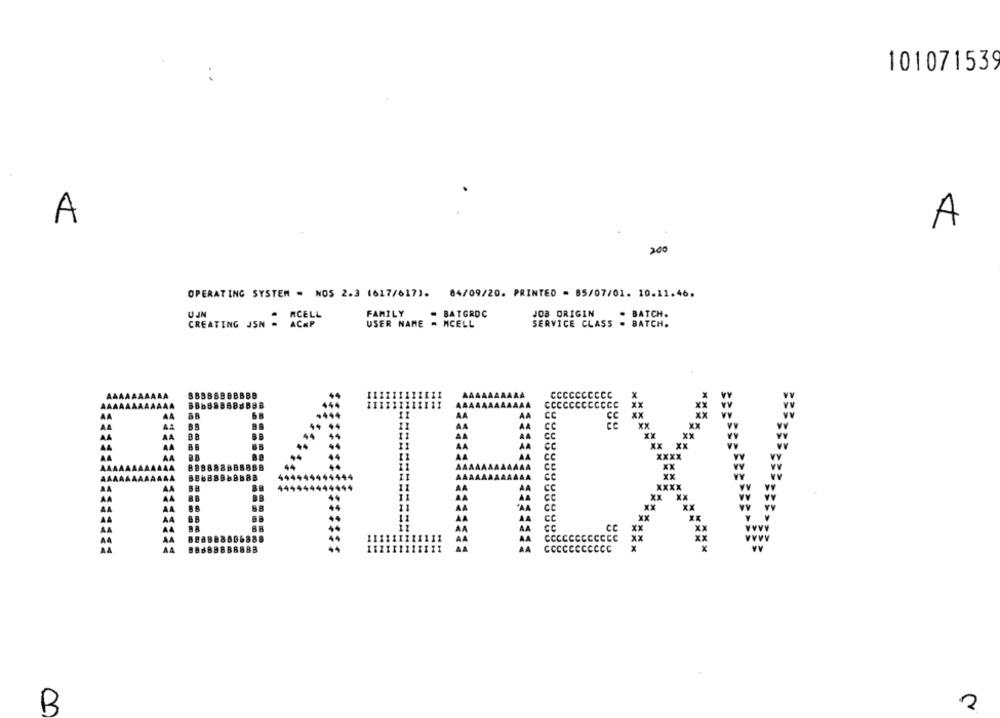
101071539
A
A
200
OPERATING SYSTEM . NOS 2.3 1617/617). 84/09/20. PRINTED - 85/07/01. 10.11.46.
OJN
ACELL
FAMILY
BATGROC
JOB ORIGIN
BATCH.
CREATING JSN -
ACHP
USER NAME
- MCELL
SERVICE CLASS
BATCH.
H84IRCXV
R
2